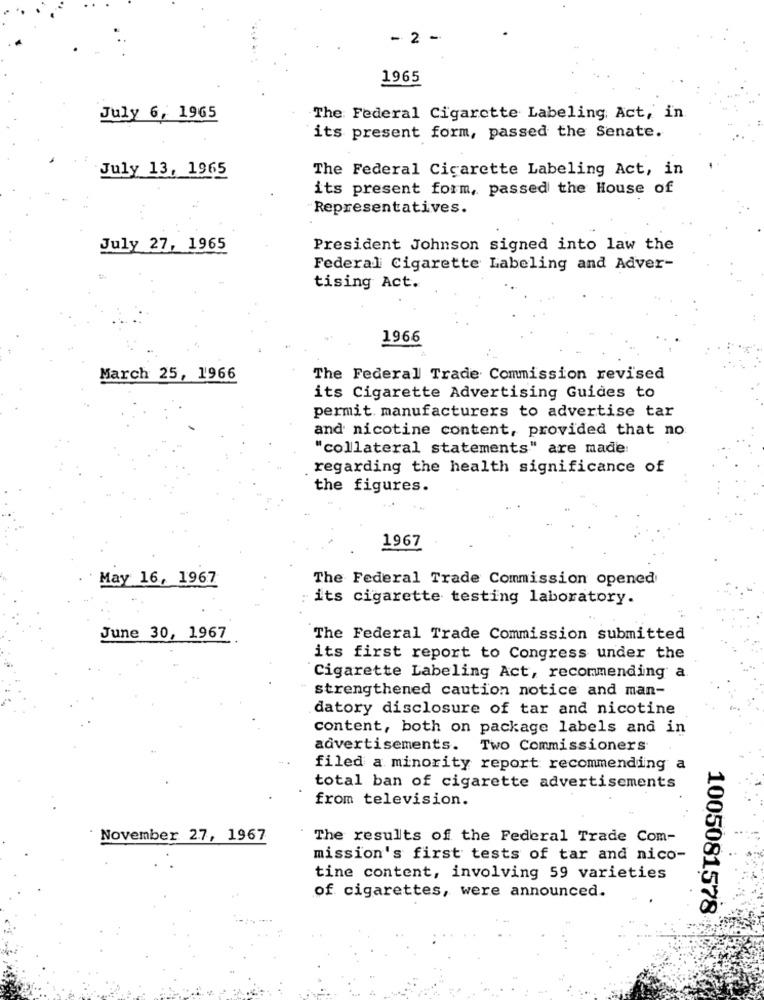
- 2 -
1965
July 6, 1965
The Federal Cigarette Labeling Act, in
its present form, passed the Senate.
July 13, 1965
The Federal Cigarette Labeling Act, in
its present form, passed the House of
Representatives.
July 27, 1965
President Johnson signed into law the
Federal Cigarette Labeling and Adver-
tising Act.
1966
March 25, 1966
The Federal Trade Commission revised
its Cigarette Advertising Guides to
permit. manufacturers to advertise tar
and nicotine content, provided that no
"collateral statements" are made:
regarding the health significance of
the figures.
1967
May 16, 1967
The Federal Trade Commission opened
: its cigarette testing laboratory.
June 30, 1967
The Federal Trade Commission submitted
its first report to Congress under the
Cigarette Labeling Act, recommending a
strengthened caution notice and man-
datory disclosure of tar and nicotine
content, both on package labels and in
advertisements. Two Commissioners
filed a minority report recommending a
total ban of cigarette advertisements
from television.
November 27, 1967
The results of the Federal Trade Com-
mission's first tests of tar and nico-
tine content, involving 59 varieties
of cigarettes, were announced.
1005081578